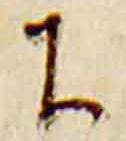
下